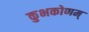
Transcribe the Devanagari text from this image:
कुभकोणम्